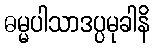
ဓမ္မပါသာဒပ္ပမုခါနိ